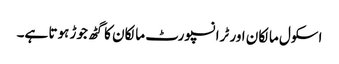
اسکول مالکان اور ٹرانسپورٹ مالکان کا گٹھ جوڑ ہوتا ہے۔